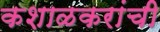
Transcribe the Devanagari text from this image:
कशाळकरांची